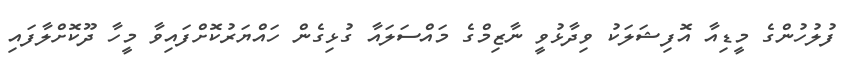
ފުލުހުންގެ މީޑިއާ އޮފިޝަލަކު ވިދާޅުވީ ނާޒިމްގެ މައްސަލައާ ގުޅިގެން ހައްޔަރުކޮށްފައިވާ މީހާ ދޫކޮށްލާފައި